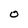
Character: O